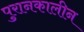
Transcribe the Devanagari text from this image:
पुरानकालीन